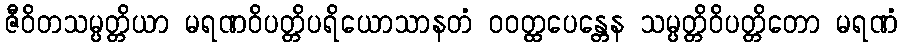
ဇီဝိတသမ္ပတ္တိယာ မရဏဝိပတ္တိပရိယောသာနတံ ဝဝတ္ထပေန္တေန သမ္ပတ္တိဝိပတ္တိတော မရဏံ